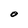
Character: O